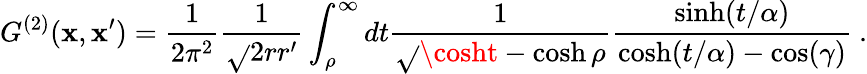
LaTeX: G^{(2)}(\mathbf{x},\mathbf{x}^{\prime})=\frac{1}{{2\pi^{2}}}\frac{1}{{\sqrt{}{{2rr^{\prime}}}}}\int_{\rho}^{\infty}dt\frac{1}{{\sqrt{}{{\cosht-\cosh\rho}}}}\frac{{\sinh(t/\alpha)}}{{\cosh(t/\alpha)-\cos(\gamma)}}\ .